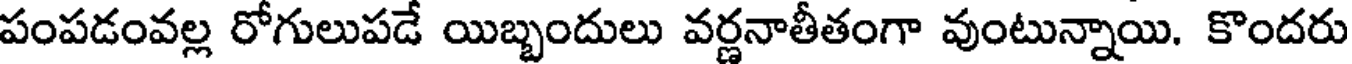
పంపడంవల్ల రోగులుపడే యిబ్బందులు వర్ణనాతీతంగా వుంటున్నాయి. కొందరు